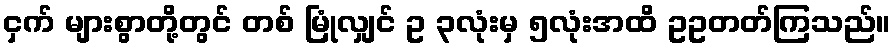
ငှက် များစွာတို့တွင် တစ် မြုံလျှင် ဥ ၃လုံးမှ ၅လုံးအထိ ဥဥတတ်ကြသည်။